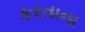
કરતાના